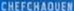
cheeschaudens